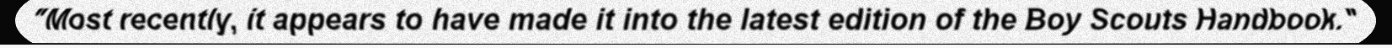
"Most recently, it appears to have made it into the latest edition of the Boy Scouts Handbook."